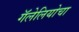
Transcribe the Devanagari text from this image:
गॅलेलियोचा